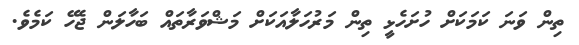
ތިން ވަނަ ކަމަކަށް ހުށަހެޅީ ތިން މަރުހަލާއަކަށް މަޝްވަރާތައް ބަހާލަން ޖެހޭ ކަމެވެ.